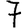
Digit: 7